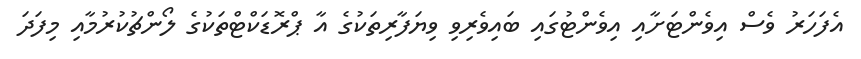
އެފަހަރު ވެސް އިވެންޓަށާއި އިވެންޓުގައި ބައިވެރިވި ވިޔަފާރިތަކުގެ އާ ޕްރޮޑަކްޓްތަކުގެ ލޯންޗުކުރުމާއި މިފަދަ